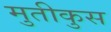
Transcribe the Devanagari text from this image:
मुतीकुस